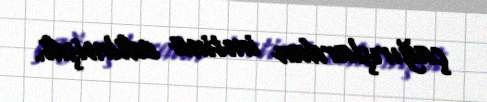
çağırışlardan imtina edilmişdi.